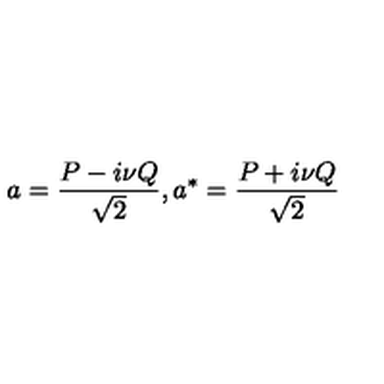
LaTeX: a = \frac { P - i \nu Q } { \sqrt { 2 } } , a ^ { * } = \frac { P + i \nu Q } { \sqrt { 2 } }